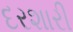
દરશારી